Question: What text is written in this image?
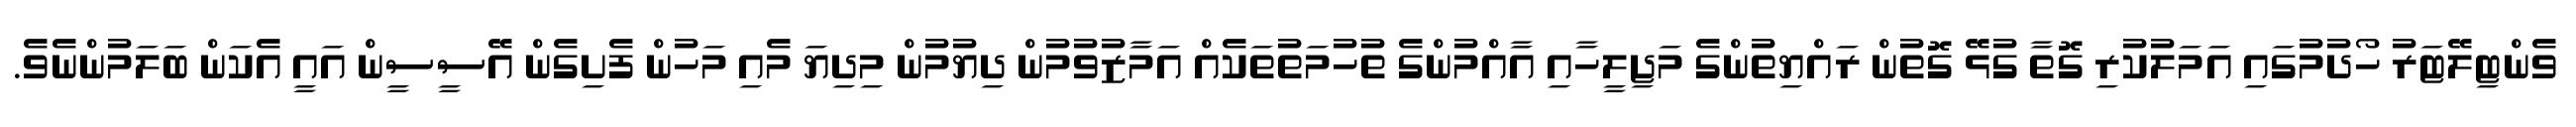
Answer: ވެންޓިލޭޓަރު ހޯދުމުގައި އަމަލުކުރި ގޮތާ ގުޅޭ ގޮތުން ރައްޔިތުންގެ މަޖިލީހާއި އާއްމުންގެ ތުހުމަތުތަކެއް އަމާޒުވުމުން ދިޔުމުން މިދިޔަ މެއި މަހުން ފެށިގެން އޭސީސީން އައީ އެކަން ބަލަމުންނެވެ.